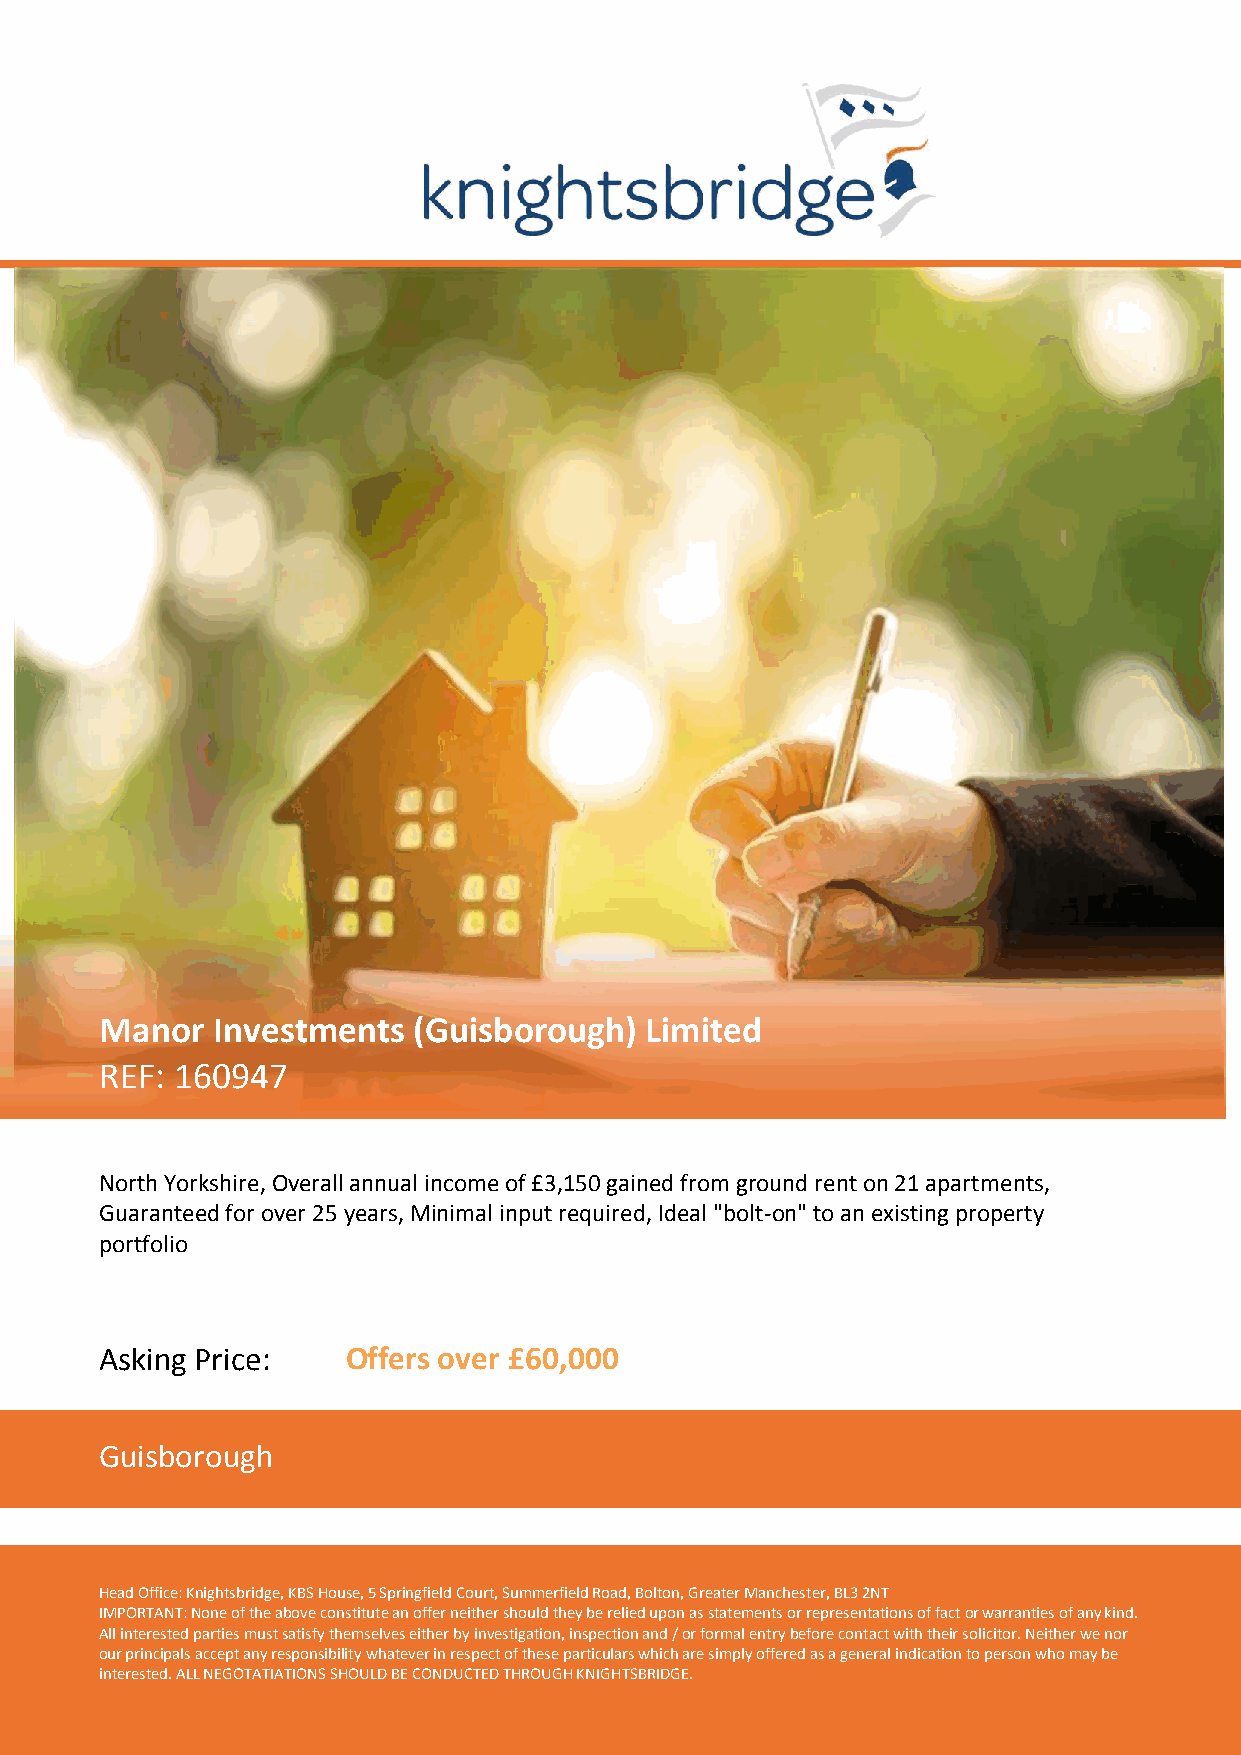
Manor  Investments  (Guisborough)   Limited
 REF: 160947
 North Yorkshire, Overall annual income of £3,150 gained from ground rent on 21 apartments,
 Guaranteed for over 25 years, Minimal input required, Ideal "bolt-on" to an existing property
 portfolio
 Asking Price:   Offers over £60,000
 Guisborough
 Head Office: Knightsbridge, KBS House, 5 Springfield Court, Summerfield Road, Bolton, Greater Manchester, BL3 2NT
 IMPORTANT: None of the above constitute an offer neither should they be relied upon as statements or representations of fact or warranties of any kind.
 All interested parties must satisfy themselves either by investigation, inspection and / or formal entry before contact with their solicitor. Neither we nor
 our principals accept any responsibility whatever in respect of these particulars which are simply offered as a general indication to person who may be
 interested. ALL NEGOTATIATIONS SHOULD BE CONDUCTED THROUGH KNIGHTSBRIDGE.